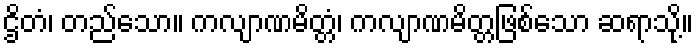
ဌိတံ၊ တည်သော။ ကလျာဏမိတ္တံ၊ ကလျာဏမိတ္တဖြစ်သော ဆရာသို့။